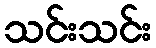
သင်းသင်း